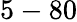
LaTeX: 5-80